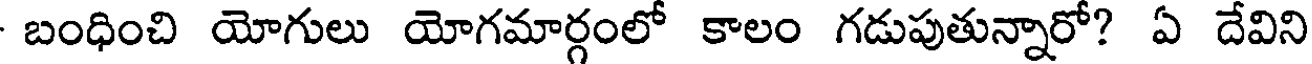
బంధించి యోగులు యోగమార్గంలో కాలం గడుపుతున్నారో? ఏ దేవిని